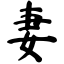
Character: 妻